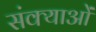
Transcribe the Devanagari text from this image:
संक्याओं